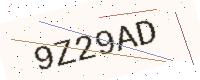
Text: 9Z29AD